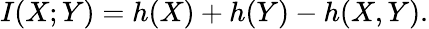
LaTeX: I(X;Y)=h(X)+h(Y)-h(X,Y).